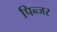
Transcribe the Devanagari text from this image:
पिन्जर